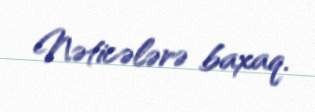
Nəticələrə baxaq.